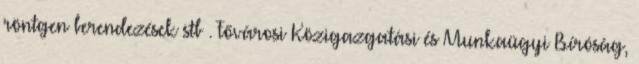
röntgen berendezések stb . Fővárosi Közigazgatási és Munkaügyi Bíróság,